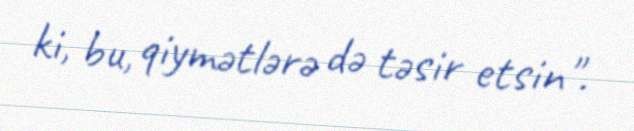
ki, bu, qiymətlərə də təsir etsin".